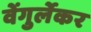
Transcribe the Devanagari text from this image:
वेंगुर्लेकर